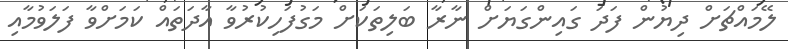
ލޭމައްޗަށް ދިޔުން ފަދަ ގައިންގަޔަށް ނާރާ ބަލިތަކަށް މަގުފަހިކުރުވާ އާދަތައް ކަމަށްވާ ފަލަވުމާއި